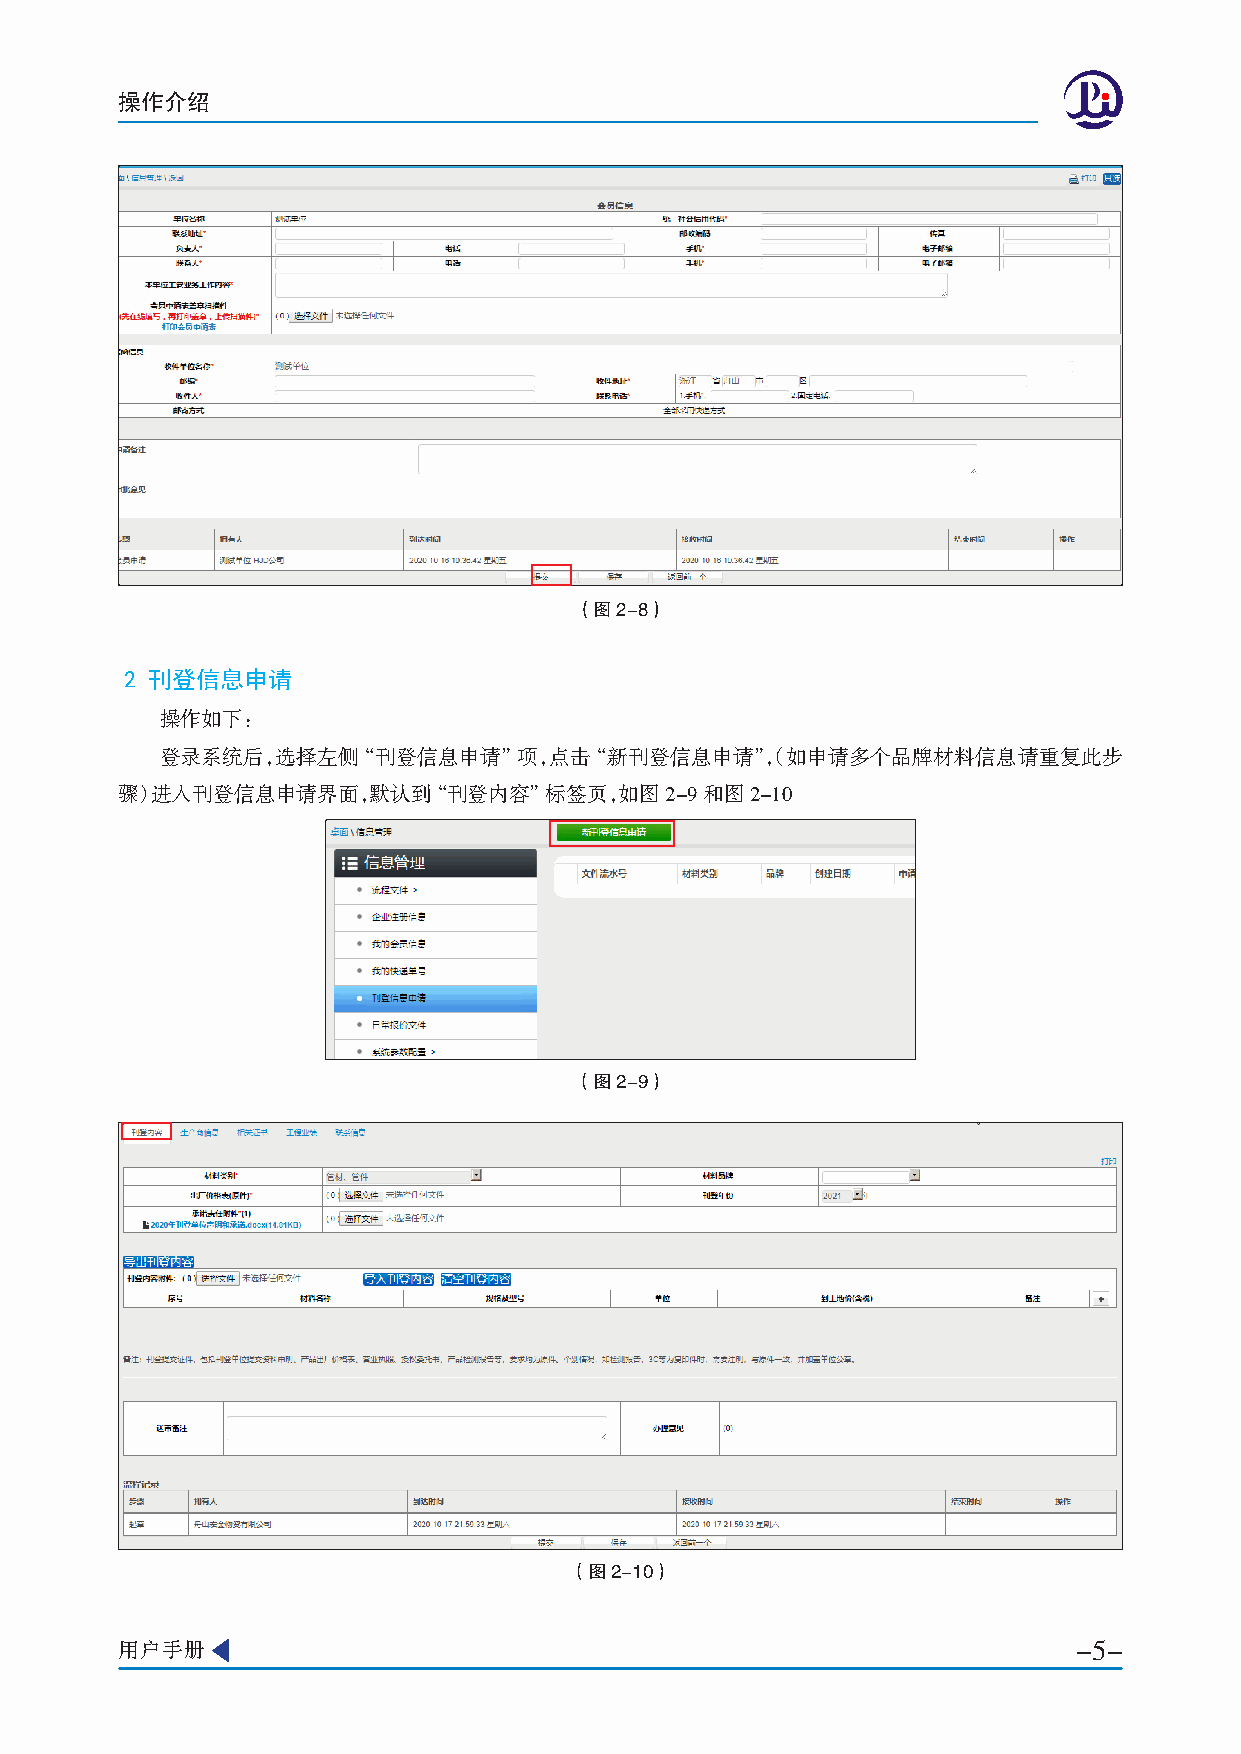
操作介绍
 （图2-8）
 2 刊登信息申请
 操作如下：
 登录系统后，选择左侧“刊登信息申请”项，点击“新刊登信息申请”，（如申请多个品牌材料信息请重复此步
 骤）进入刊登信息申请界面，默认到“刊登内容”标签页，如图2-9和图2-10
 （图2-9）
 （图2-10）
 用户手册                                                           -5-